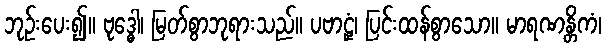
ဘုဉ်းပေး၍။ ဗုဒ္ဓေါ၊ မြတ်စွာဘုရားသည်။ ပဗာဠှံ၊ ပြင်းထန်စွာသော။ မာရဏန္တိကံ၊